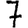
Digit: 7